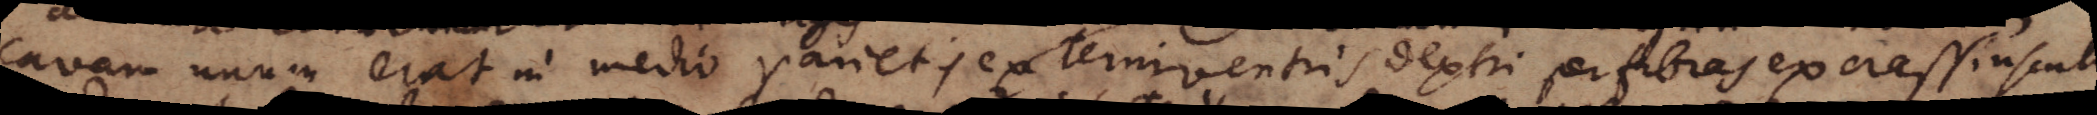
cavam unum erat in medio parietis externi ventris dextri per fibras ex crassiusculo